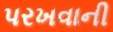
પરખવાની